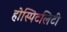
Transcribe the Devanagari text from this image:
होस्पिटलिटी